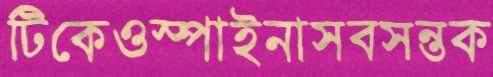
টিকেওস্পাইনাসবসন্তক